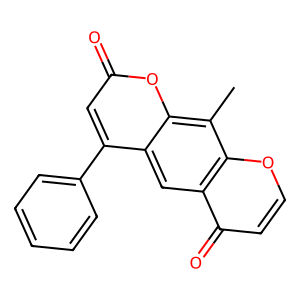
SMILES: Cc1c2oc(=O)cc(-c3ccccc3)c2cc2c(=O)ccoc12
Inhibits HIV replication: No